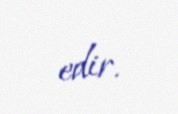
edir.